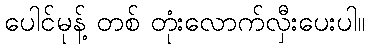
ပေါင်မုန့် တစ် တုံးလောက်လှီးပေးပါ။